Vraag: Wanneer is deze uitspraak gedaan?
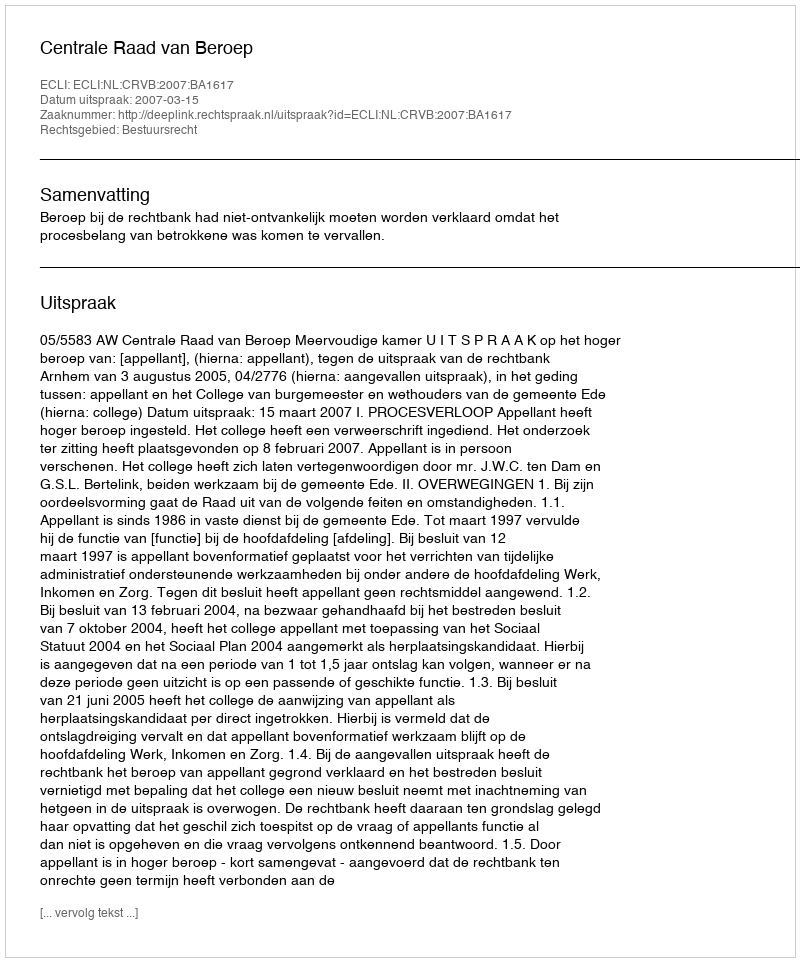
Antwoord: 2007-03-15